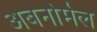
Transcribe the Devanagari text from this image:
अबनोर्मल